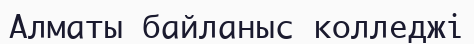
Алматы байланыс колледжі